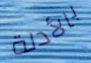
بالأدلة